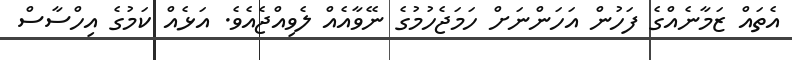
އެތައް ޒަމާނެއްގެ ފަހުން އަހަންނަށް ހަމަޖެހުމުގެ ނޭވާއެއް ލެވިއްޖެއެވެ. އަޅެއް ކަމުގެ އިހްސާސް